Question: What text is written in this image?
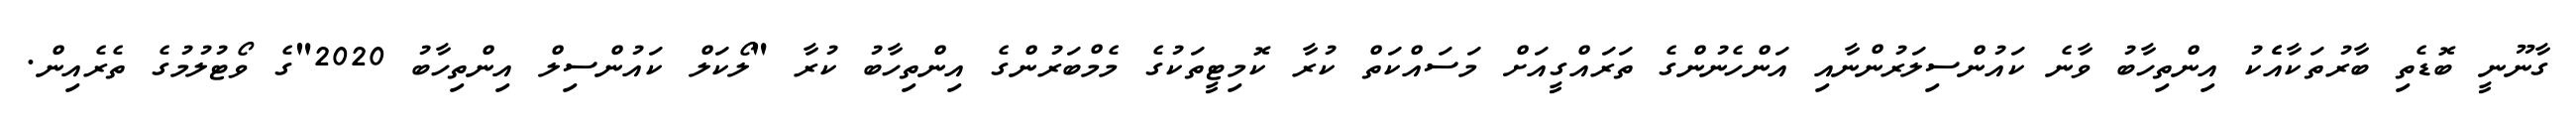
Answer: ގާނޫނީ ބޮޑެތި ބާރުތަކާއެެކު އިންތިހާބު ވާނެ ކައުންސިލަރުންނާއި އަންހެނުންގެ ތަރައްގީއަށް މަސައްކަތް ކުރާ ކޮމިޓީތަކުގެ މެމްބަރުންގެ އިންތިހާބު ކުރާ "ލޯކަލް ކައުންސިލް އިންތިހާބު 2020"ގެ ވޯޓުލުމުގެ ތެރެއިން.